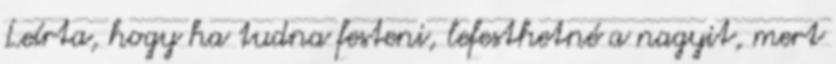
Leírta, hogy ha tudna festeni, lefesthetné a nagyit, mert